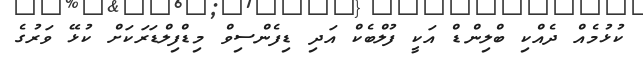
ކުޅުމެއް ދެއްކި ބްލިންޑް އަކީ ފުލްބެކް އަދި ޑިފެންސިވް މިޑްފިލްޑަރަކަށް ކުޅޭ ވަރުގެ